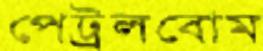
পেট্রলবোম